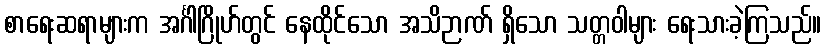
စာရေးဆရာများက အင်္ဂါဂြိုဟ်တွင် နေထိုင်သော အသိဉာဏ် ရှိသော သတ္တဝါများ ရေးသားခဲ့ကြသည်။